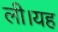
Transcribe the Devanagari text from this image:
ली।यह